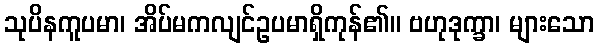
သုပိနကူပမာ၊ အိပ်မကလျင်ဥပမာရှိကုန်၏။ ဗဟုဒုက္ခာ၊ များသော